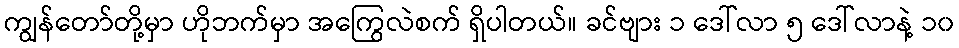
ကျွန်တော်တို့မှာ ဟိုဘက်မှာ အကြွေလဲစက် ရှိပါတယ်။ ခင်ဗျား ၁ ဒေါ်လာ ၅ ဒေါ်လာနဲ့ ၁၀